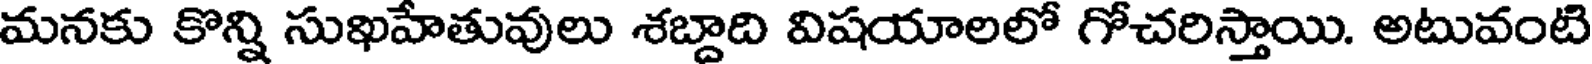
మనకు కొన్ని సుఖహేతువులు శబ్దాది విషయాలలో గోచరిస్తాయి. అటువంటి